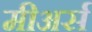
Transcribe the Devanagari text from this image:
मीअर्स